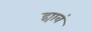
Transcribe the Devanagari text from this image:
द्यावं